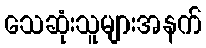
သေဆုံးသူများအနက်